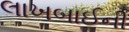
લાખબાઈની